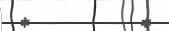
*         *